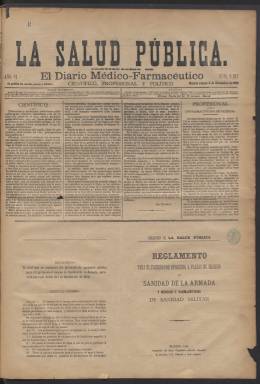
Título: La Salud pública (Madrid. 1888)
Otros títulos: Salud || Salud (Madrid)
Colección: Medicina
Ámbito geográfico: Madrid
Lugar de publicación: Madrid
Fechas: 08/12/1888-20/04/1889